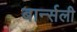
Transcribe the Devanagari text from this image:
बार्न्सली